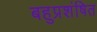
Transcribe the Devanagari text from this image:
बहुप्रशंषित